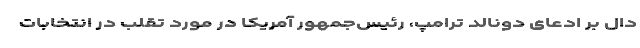
دال بر ادعای دونالد ترامپ، رئیس‌جمهور آمریکا در مورد تقلب در انتخابات